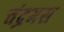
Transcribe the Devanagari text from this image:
चंद्रमस